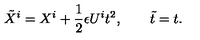
{ \tilde { X } ^ { i } } = X ^ { i } + \frac { 1 } { 2 } \epsilon U ^ { i } t ^ { 2 } , \qquad { \tilde { t } } = t .